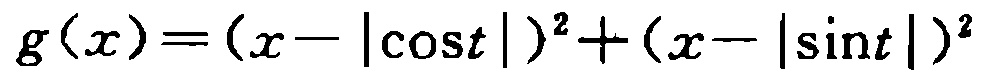
\(g(x)=(x - |\cos t|)^2 + (x - |\sin t|)^2\)